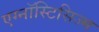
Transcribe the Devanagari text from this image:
एग्नॉस्टिसिज्म